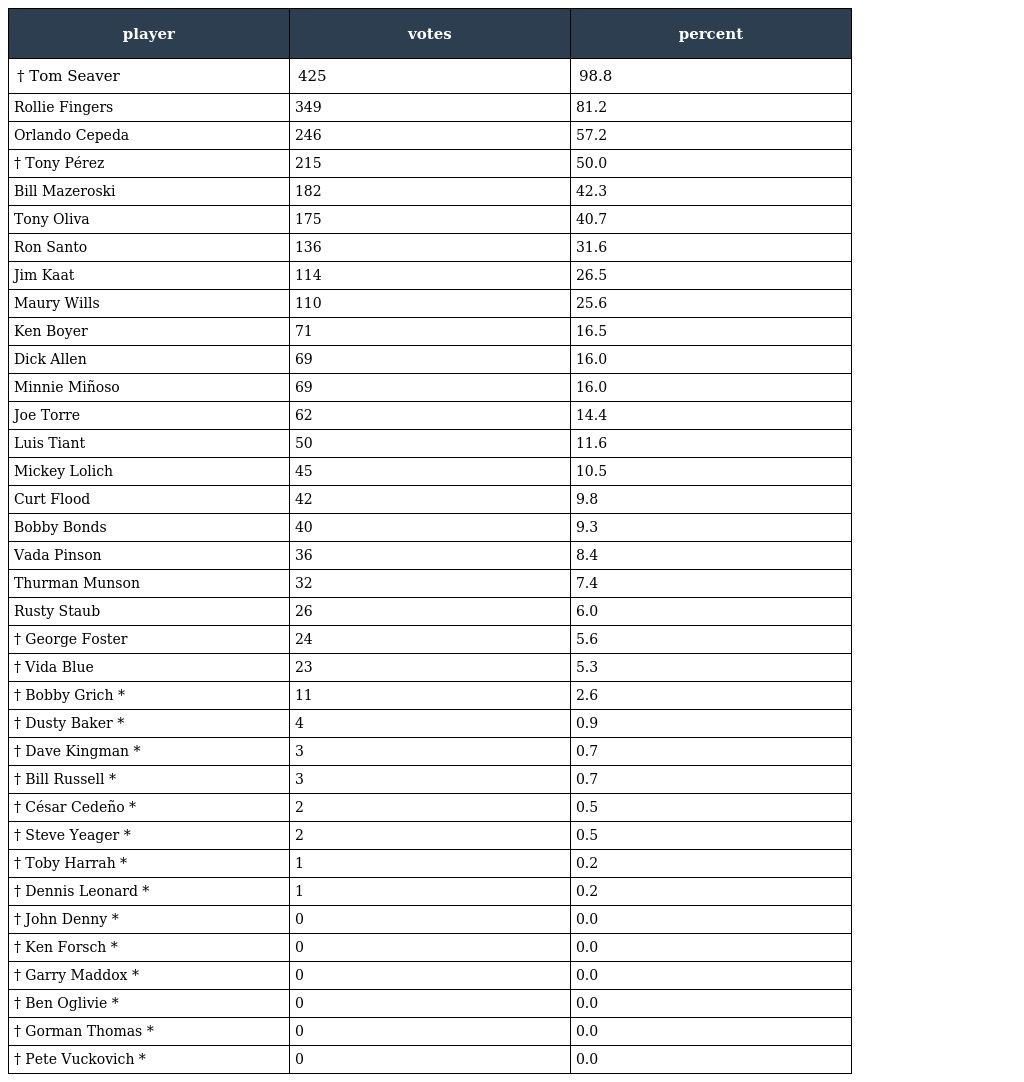
| player | votes | percent |
 | --- | --- | --- |
 | † Tom Seaver | 425 | 98.8 |
 | Rollie Fingers | 349 | 81.2 |
 | Orlando Cepeda | 246 | 57.2 |
 | † Tony Pérez | 215 | 50.0 |
 | Bill Mazeroski | 182 | 42.3 |
 | Tony Oliva | 175 | 40.7 |
 | Ron Santo | 136 | 31.6 |
 | Jim Kaat | 114 | 26.5 |
 | Maury Wills | 110 | 25.6 |
 | Ken Boyer | 71 | 16.5 |
 | Dick Allen | 69 | 16.0 |
 | Minnie Miñoso | 69 | 16.0 |
 | Joe Torre | 62 | 14.4 |
 | Luis Tiant | 50 | 11.6 |
 | Mickey Lolich | 45 | 10.5 |
 | Curt Flood | 42 | 9.8 |
 | Bobby Bonds | 40 | 9.3 |
 | Vada Pinson | 36 | 8.4 |
 | Thurman Munson | 32 | 7.4 |
 | Rusty Staub | 26 | 6.0 |
 | † George Foster | 24 | 5.6 |
 | † Vida Blue | 23 | 5.3 |
 | † Bobby Grich * | 11 | 2.6 |
 | † Dusty Baker * | 4 | 0.9 |
 | † Dave Kingman * | 3 | 0.7 |
 | † Bill Russell * | 3 | 0.7 |
 | † César Cedeño * | 2 | 0.5 |
 | † Steve Yeager * | 2 | 0.5 |
 | † Toby Harrah * | 1 | 0.2 |
 | † Dennis Leonard * | 1 | 0.2 |
 | † John Denny * | 0 | 0.0 |
 | † Ken Forsch * | 0 | 0.0 |
 | † Garry Maddox * | 0 | 0.0 |
 | † Ben Oglivie * | 0 | 0.0 |
 | † Gorman Thomas * | 0 | 0.0 |
 | † Pete Vuckovich * | 0 | 0.0 |